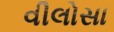
વીલોસા